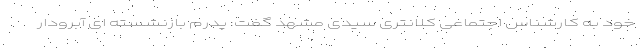
خود به کارشناس اجتماعی کلانتری سیدی مشهد گفت: پدرم بازنشسته ای آبرودار